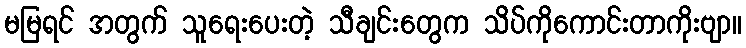
မမြရင် အတွက် သူရေးပေးတဲ့ သီချင်းတွေက သိပ်ကိုကောင်းတာကိုးဗျာ။